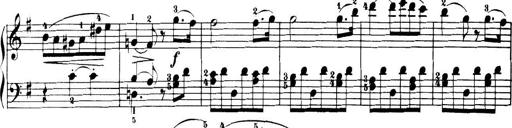
Title: 32 Sonatinas and Rondos for the Piano
Composer: Richard Kleinmichel